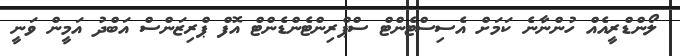
ލޯންޑްރީއެއް ހުންނާނެ ކަމަށް އެސިސްޓެންޓް ސްޕްރިންޓެންޑެންޓް އޮފް ޕްރިޒަންސް އަބްދު އަމީން ވަނީ